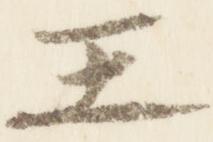
王